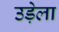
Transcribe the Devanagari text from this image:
उड़ेला